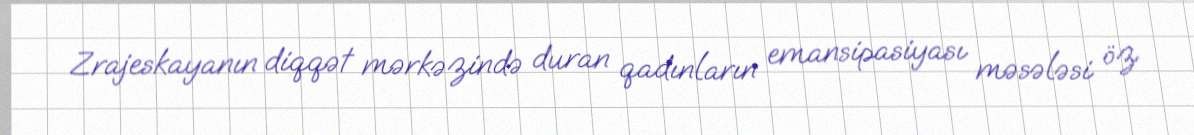
Zrajeskayanın diqqət mərkəzində duran qadınların emansipasiyası məsələsi öz